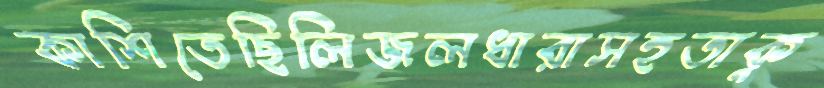
কাশিতেছিলিজলধারাসহতাকু